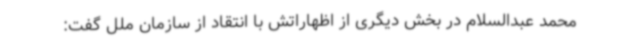
محمد عبدالسلام در بخش دیگری از اظهاراتش با انتقاد از سازمان ملل گفت: